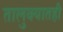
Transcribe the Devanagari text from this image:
तालुक्‍यातही